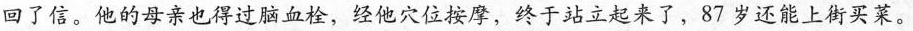
回了信。他的母亲也得过脑血栓，经他穴位按摩，终于站立起来了，87岁还能上街买菜。